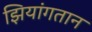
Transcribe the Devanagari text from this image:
झियांगतान